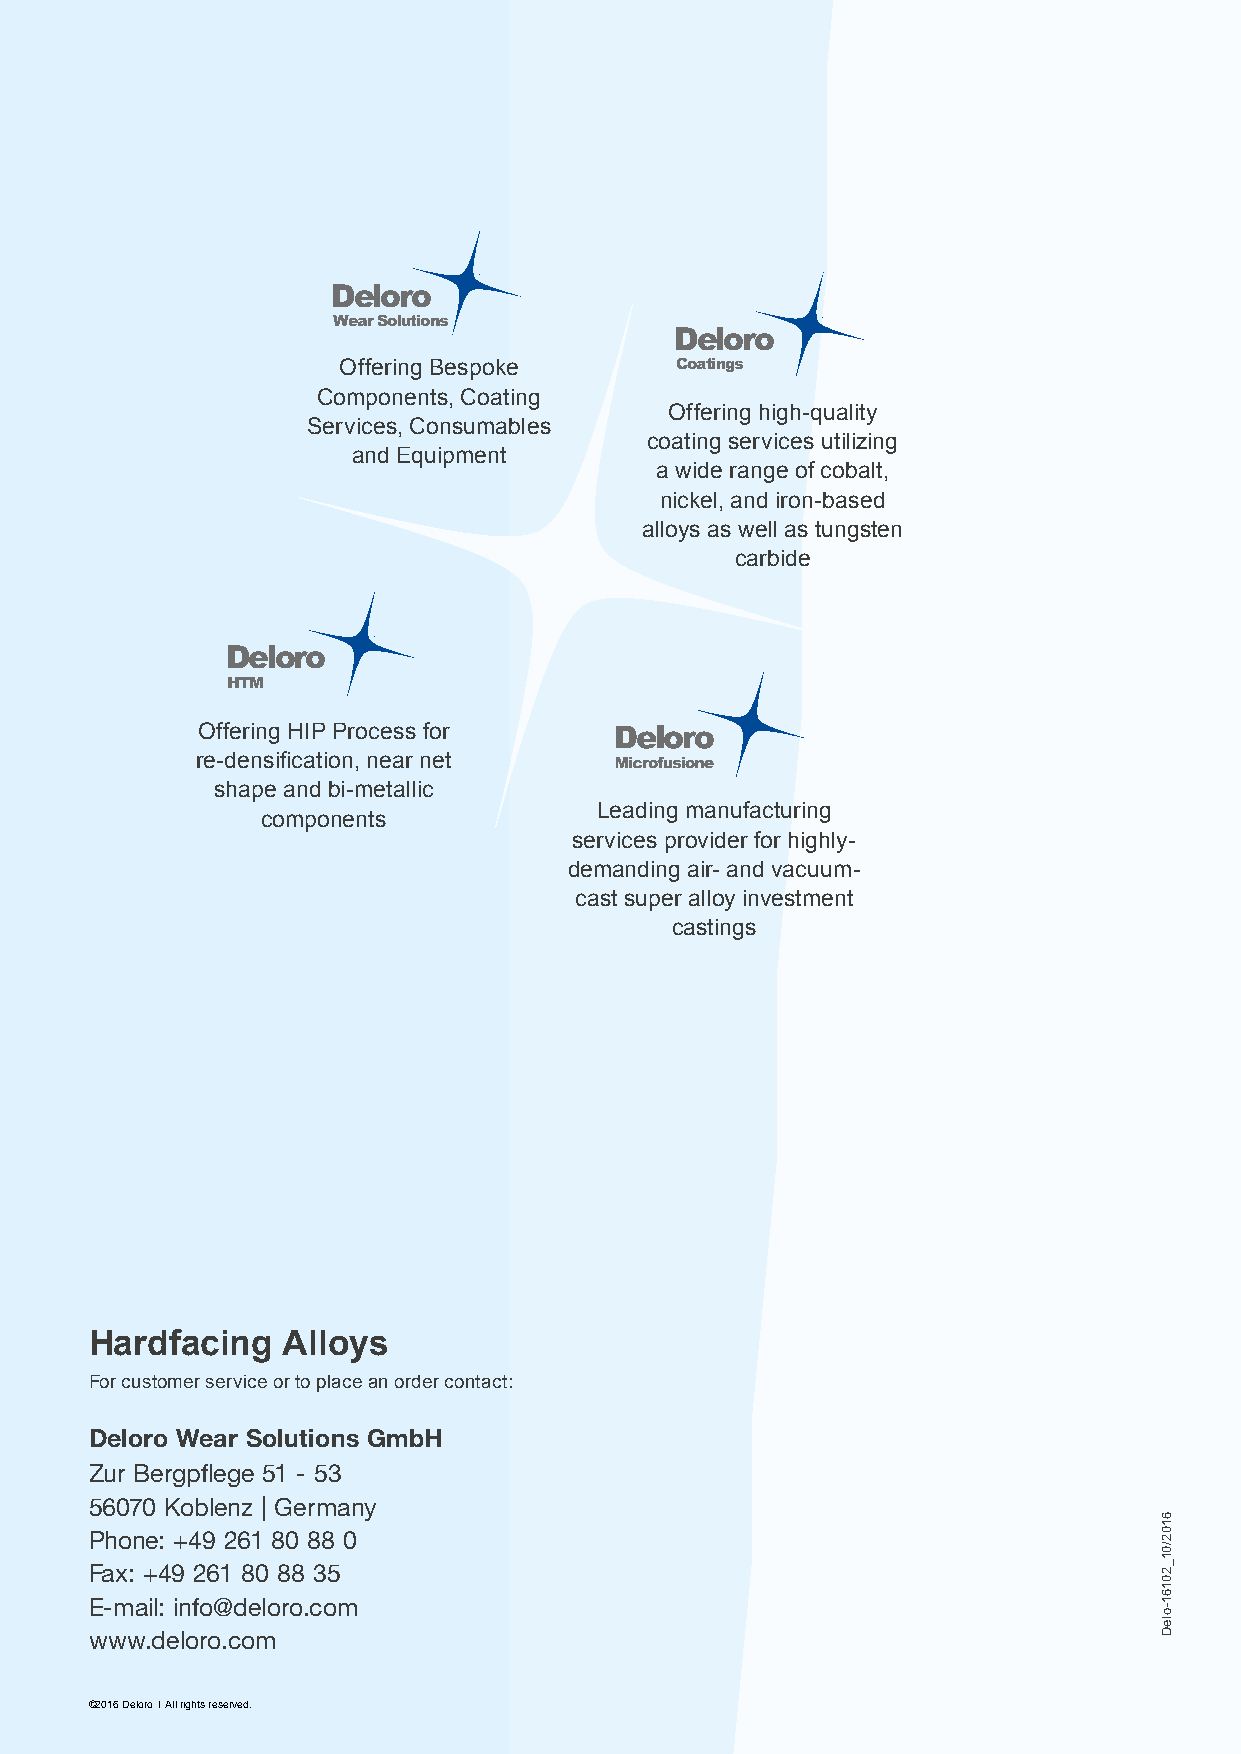
Deloro
 Wear Solutions
 Deloro
 Offering Bespoke       Coatings
 Components, Coating
 Offering high-quality
 Services, Consumables
 coating services utilizing
 and Equipment
 a wide range of cobalt,
 nickel, and iron-based
 alloys as well as tungsten
 carbide
 Deloro
 HTM
 Offering HIP Process for
 re-densification, near net
 shape and bi-metallic
 Leading manufacturing
 components
 services provider for highly-
 demanding air- and vacuum-
 cast super alloy investment
 castings
 Hardfacing   Alloys
 For customer service or to place an order contact:
 Deloro Wear Solutions GmbH
 Zur Bergpflege 51 - 53
 56070 Koblenz | Germany
 Phone: +49 261 80 88 0
 Fax: +49 261 80 88 35
 E-mail: info@deloro.com
 www.deloro.com
 ©2016 Deloro l All rights reserved.
 6102/01_20161-oleD